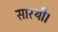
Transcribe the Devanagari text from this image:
सारथी।